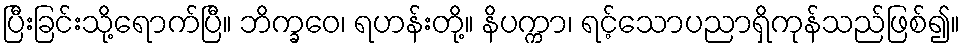
ပြီးခြင်းသို့ရောက်ပြီ။ ဘိက္ခဝေ၊ ရဟန်းတို့။ နိပက္ကာ၊ ရင့်သောပညာရှိကုန်သည်ဖြစ်၍။